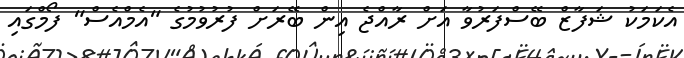
އެކަމަކު ޝަފާޒް ބޭސްފަރުވާ އަށް ރާއްޖެ އިން ބޭރަށް ފުރުވުމުގެ "އެމްއެސް" ފޯމްގައި